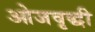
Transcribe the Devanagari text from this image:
ओजवृद्धी